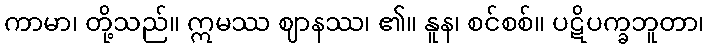
ကာမာ၊ တို့သည်။ ဣမဿ ဈာနဿ၊ ၏။ နူန၊ စင်စစ်။ ပဋိပက္ခဘူတာ၊